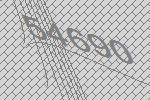
54690